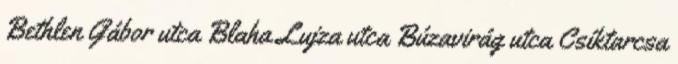
Bethlen Gábor utca Blaha Lujza utca Búzavirág utca Csíktarcsa